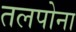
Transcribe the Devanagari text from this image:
तलपोना